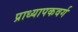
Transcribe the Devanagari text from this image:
प्राध्यापकवर्ग